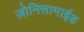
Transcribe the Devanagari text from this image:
ज़ोनिसामाईड